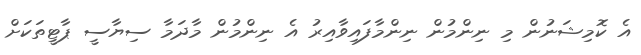
އެ ކޮމިޝަނުން މި ނިންމުން ނިންމާފައިވާއިރު އެ ނިންމުން މާދަމާ ސިޔާސީ ޕާޓީތަކަށް